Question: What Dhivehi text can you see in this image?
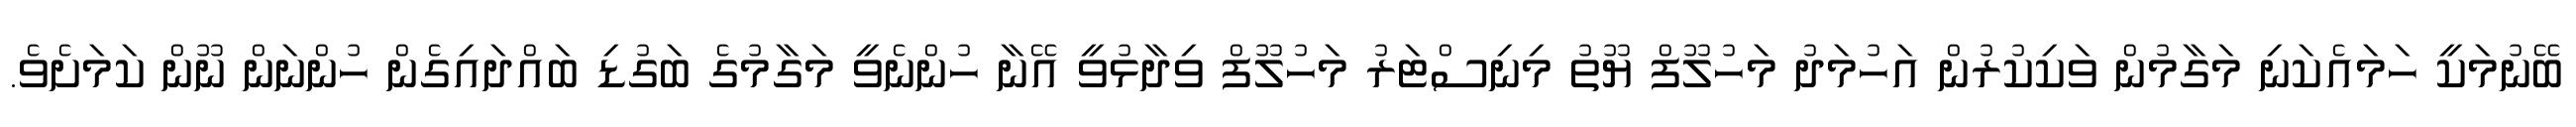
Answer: ބޭނުމަކީ ހަމައެކަނި މަގާމުން ވަކިކުރުން އަހުމަދު މަހުލޫފް ޔޫތު މިނިސްޓަރު މަހުލޫފް ވިދާޅުވީ އޭނާ ހުންނެވީ މަގާމުގެ ބަގުޑި ބައްދައިގެން ހުންނަން ނޫން ކަމަށެވެ.